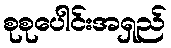
စုစုပေါင်းအရှည်